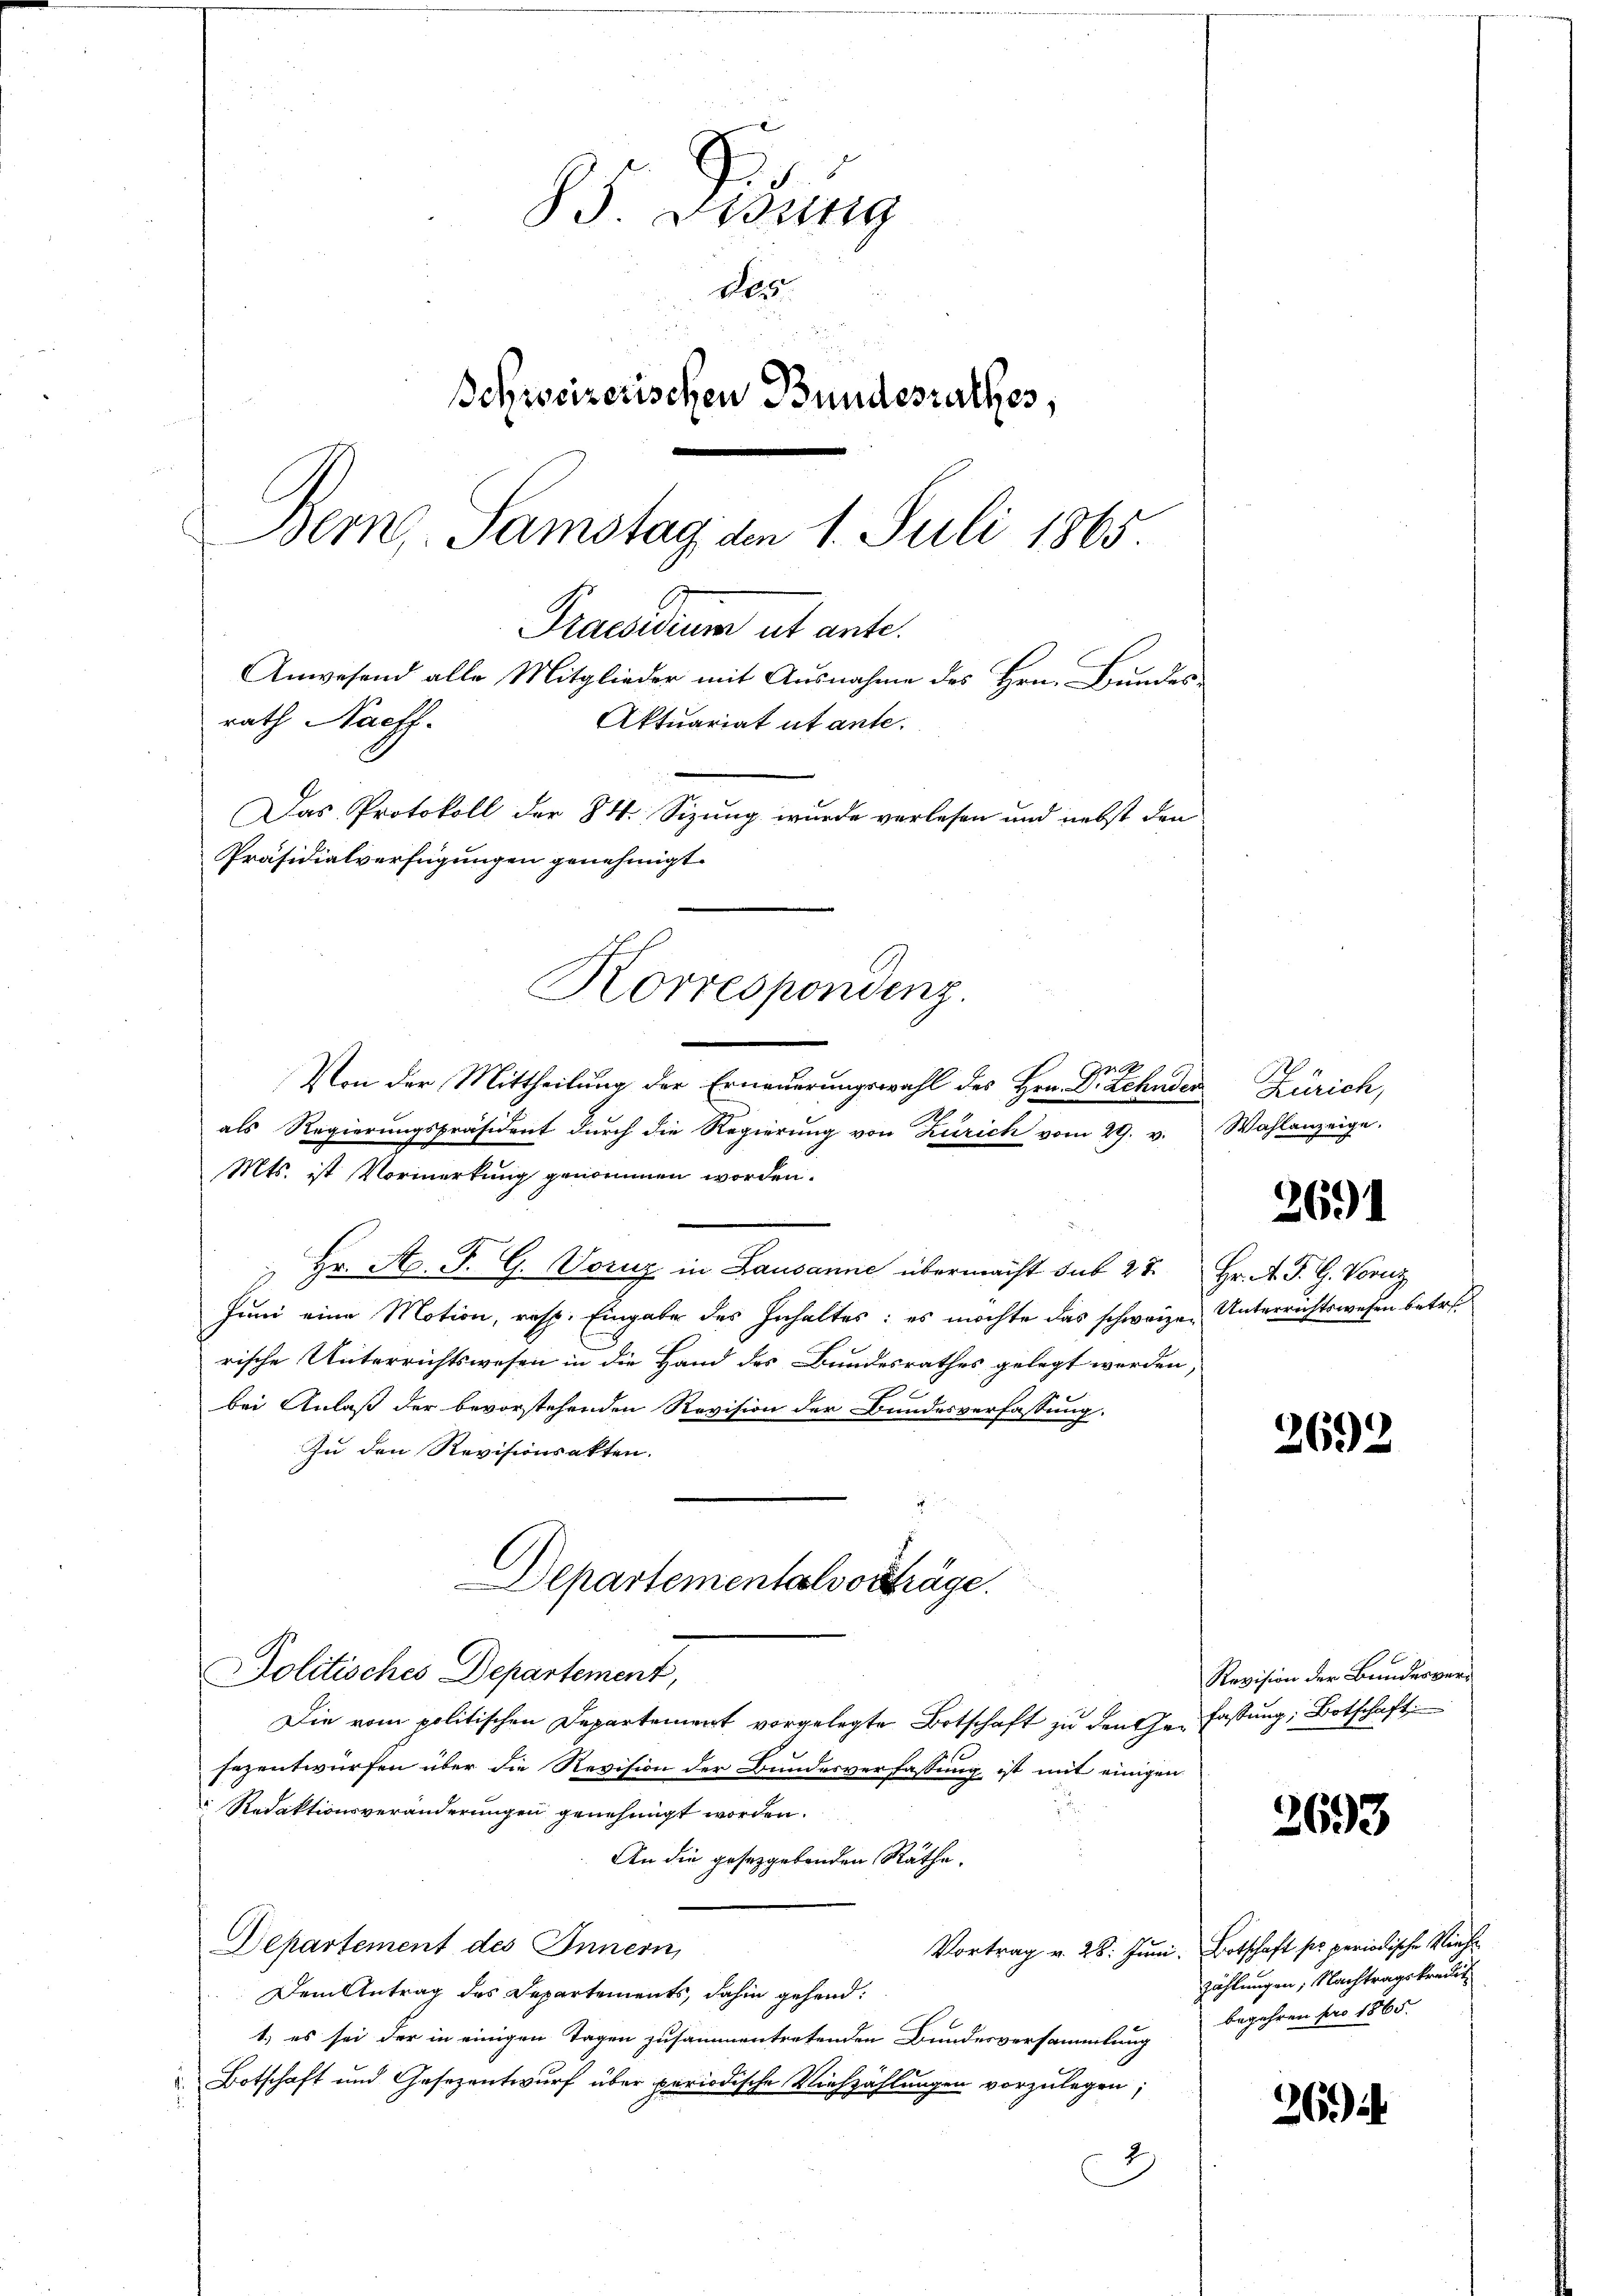
85 Didung
d
Schweizerischen Bundesrathes,
Bern, Samstag den 1. Juli 1865.
Praesidium ut ante.
Anwesend alle Mitglieder mit Ausnahme des Hrn. Bundes
rath Nach
Aktuariat ut ante.
Das Protokoll der 84. Sizung wurde verlesen und nebst den
Präsidialverfügungen genehmigt.

Zeile
Von der Mittheilung der Erneuerungswahl des Hrn. Dr. Zehnden
9
als Regierungspräsident durch die Regierung von Zürich vom 29. v. Wahlanzeige.
Mts. ist Vormerkung genommen worden.
Hr. A. F. G. Voruz in Lausanne übermacht sub 27. Hr. A. T. G. Vorz
Juni eine Motion, resp. Eingabe des Inhaltes: es möchte das schweizen Unterrichtswesen betr.
rische Unterrichtswesen in die Hand des Bundesrathes gelegt werden,
2
bei Anlaß der bevorstehenden Revision der Bundesverfassung.
Zu den Revisionsakten.
Departementalvorträge.
Politisches Departement,
Die vom politischen Departement vorgelegte Botschaft zu den Ge- Fassung, Botschaft
c
sezentwürfen über die Revision der Bundesverfassung ist mit einigen
 Redaktionsveränderungen genehmigt worden.
An die gesetzgebenden Räthe.
Departement des Innern,
Vortrag v. 28. Juni. Botschaft ser periodische Vieh¬
Dem Antrag des Departements, dahin gehend:
1) es sei der in einigen Tagen zusammentretenden Bundesversammlung
Botschaft und Gesezentwurf über periodische Viehzählungen vorzulegen;
2)

Korrespondenz

Zürich,

2691

2692

Revision der Bundesver¬

3693

zählungen; Nachtragskredit
begehren pro 1865.

26